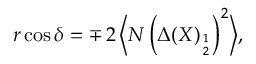
r \cos \delta = \mp \, 2 \, \Bigl \langle N \left( { \Delta } ( X ) _ { 1 \atop 2 } \right) ^ { 2 } \Bigr \rangle ,